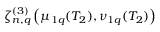
\zeta _ { n , q } ^ { ( 3 ) } \left( \mu _ { 1 q } ( T _ { 2 } ) , \nu _ { 1 q } ( T _ { 2 } ) \right)